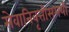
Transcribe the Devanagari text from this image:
सेवानिवृत्तीसमयी